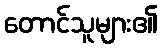
တောင်သူများ၏